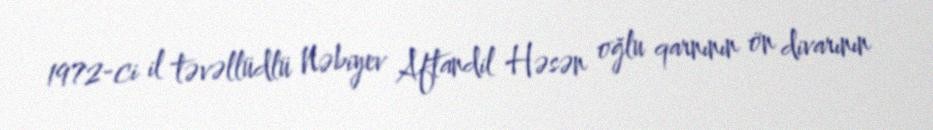
1972-ci il təvəllüdlü Nəbiyev Aftandil Həsən oğlu qarnının ön divarının